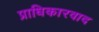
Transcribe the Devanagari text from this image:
प्राधिकारवाद